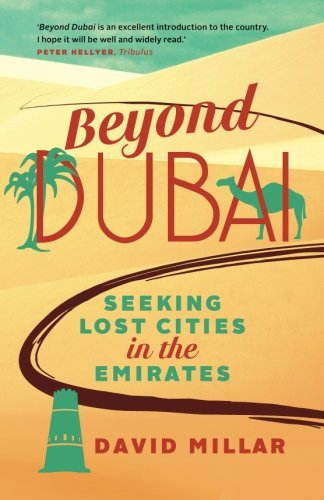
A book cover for Beyond Dubai: Seeking Lost Cities in the Emirates; David Millar; History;